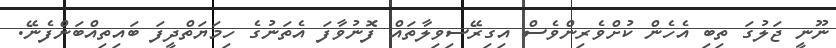
ނޫނީ ޖަލުގަ ތިބި އެހެން ކުށްވެރިންވެސް އިގިރޭސިވިލާތައް ފޮނުވާފަ އެތަނުގެ ހިމަޔަތްދީފަ ބައިތިއްބަންފެނޭ.